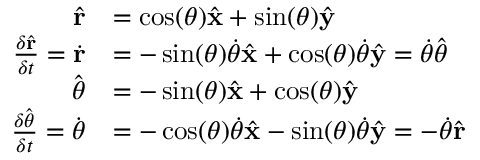
{ \begin{array} { r l } { { \hat { \mathbf { r } } } } & { = \cos ( \theta ) { \hat { \mathbf { x } } } + \sin ( \theta ) { \hat { \mathbf { y } } } } \\ { { \frac { \delta { \hat { \mathbf { r } } } } { \delta t } } = { \dot { \mathbf { r } } } } & { = - \sin ( \theta ) { \dot { \theta } } { \hat { \mathbf { x } } } + \cos ( \theta ) { \dot { \theta } } { \hat { \mathbf { y } } } = { \dot { \theta } } { \hat { \boldsymbol { \theta } } } } \\ { { \hat { \boldsymbol { \theta } } } } & { = - \sin ( \theta ) { \hat { \mathbf { x } } } + \cos ( \theta ) { \hat { \mathbf { y } } } } \\ { { \frac { \delta { \hat { \boldsymbol { \theta } } } } { \delta t } } = { \dot { \boldsymbol { \theta } } } } & { = - \cos ( \theta ) { \dot { \theta } } { \hat { \mathbf { x } } } - \sin ( \theta ) { \dot { \theta } } { \hat { \mathbf { y } } } = - { \dot { \theta } } { \hat { \mathbf { r } } } } \end{array} }